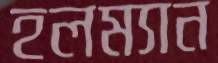
হলম্যান